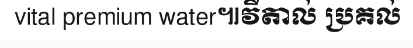
vital premium water៕វីតាល់ ប្រគល់